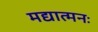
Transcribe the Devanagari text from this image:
मद्यात्मनः